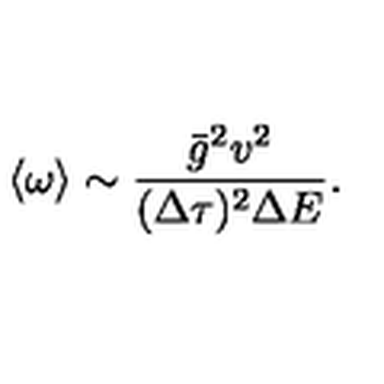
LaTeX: \langle \omega \rangle \sim \frac { \bar { g } ^ { 2 } v ^ { 2 } } { ( \Delta \tau ) ^ { 2 } \Delta E } .